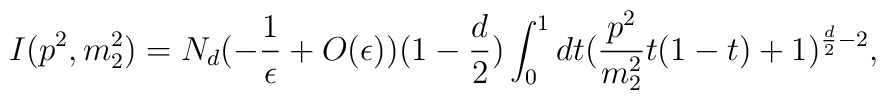
I(p^{2},m_{2}^{2})=N_{d}(-\frac{1}{\epsilon}+O(\epsilon))(1-\frac{d}{2})\int^{1}_{0}dt(\frac{p^{2}}{m^{2}_{2}}t(1-t)+1)^{\frac{d}{2}-2},